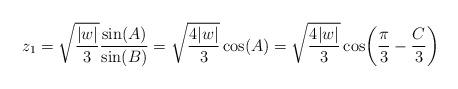
LaTeX: \begin{align*}z_1=\sqrt{\frac{|w|}{3}}\frac{\sin(A)}{\sin(B)}=\sqrt{\frac{4|w|}{3}}\cos(A)=\sqrt{\frac{4|w|}{3}}\cos\!\bigg(\frac{\pi}{3}-\frac{C}{3}\bigg)\end{align*}